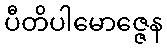
ပီတိပါမောဇ္ဇေန